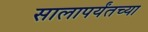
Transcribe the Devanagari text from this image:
सालापर्यंतच्या